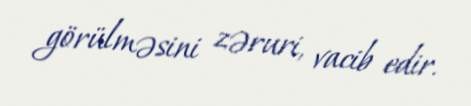
görülməsini zəruri, vacib edir.